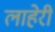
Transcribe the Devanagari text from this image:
लाहेरी